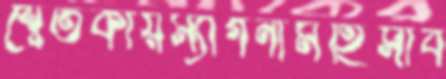
শ্বেতকায়ম্যাগনামহিসাব